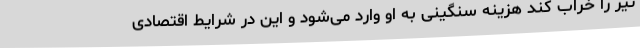
تیر را خراب کند هزینه سنگینی به او وارد می‌شود و این در شرایط اقتصادی